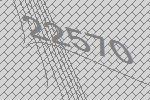
22570